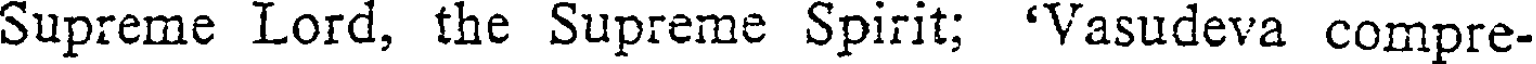
Supreme Lord, the Supreme Spirit; 'Vasudeva compre-